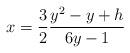
LaTeX: \begin{align*} x=\frac {3}{2} \frac{ y^2- y+ h}{6 y-1}\end{align*}